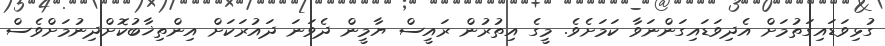
ގުޅިވަޑައިގަތުމަށް އެދިވަޑައިގަންނަވާ ކަމަށެވެ. މީގެ އިތުރުން ރައީސް ޔާމީން ދެވަނަ ދައުރަކަށް އިންތިޚާބުކޮށްދިނުމަށްވެސް